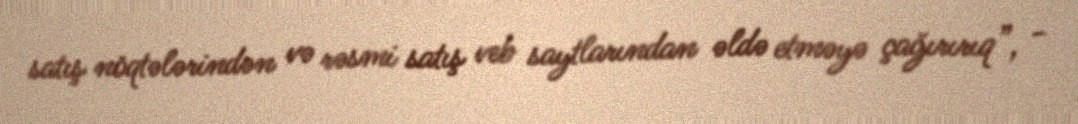
satış nöqtələrindən və rəsmi satış veb saytlarından əldə etməyə çağırırıq”, -